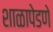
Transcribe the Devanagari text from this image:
शाळापेडणे